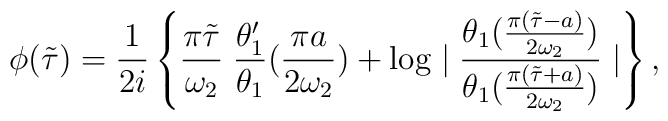
\phi(\tilde{\tau})=\frac{1}{2i}\left\{\frac{\pi\tilde{\tau}}{\omega_2}\;\frac{\theta_1'}{\theta_1}(\frac{\pi a}{2\omega_2})+\log\mid\frac{\theta_1(\frac{\pi(\tilde{\tau}-a)}{2\omega_2})}{\theta_1(\frac{\pi(\tilde{\tau}+a)}{2\omega_2})}\mid\right\},